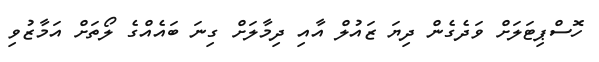
ހޮސްޕިޓަލަށް ވަދެގެން ދިޔަ ޒައުލް އާއި ދިމާލަށް ގިނަ ބައެއްގެ ލޯތަށް އަމާޒުވި